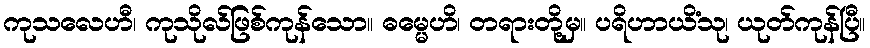
ကုသလေဟီ၊ ကုသိုလ်ဖြစ်ကုန်သော။ ဓမ္မေဟိ၊ တရားတို့မှ။ ပရိဟာယိံသု၊ ယုတ်ကုန်ပြီ။